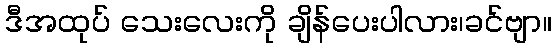
ဒီအထုပ် သေးလေးကို ချိန်ပေးပါလား၊ခင်ဗျာ။